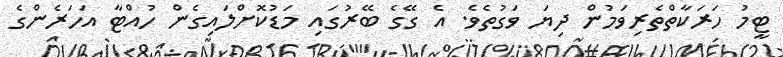
ޓީމު ހަރަކާތްތެރިވަމުން ދިޔަ ވަގުތެވެ. އެ ގޭގެ ބޭރުގައި މަޑުކޮށްލައިގެން ހުއްޓާ އަހަރެންގެ